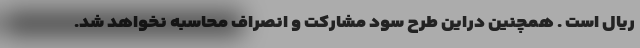
ریال است . همچنین دراین طرح سود مشارکت و انصراف محاسبه نخواهد شد.